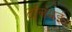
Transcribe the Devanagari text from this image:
टॉलमई